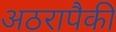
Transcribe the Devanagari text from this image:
अठरापैकी